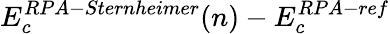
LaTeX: E_{c}^{RPA-Sternheimer}(n)-E_{c}^{RPA-ref}